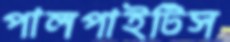
পালপাইটিস